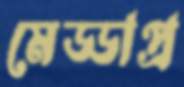
মেড্ডাপ্র